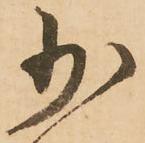
少